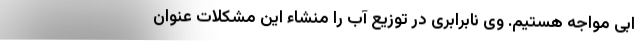
ابی مواجه هستیم. وی نابرابری در توزیع آب را منشاء این مشکلات عنوان